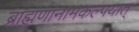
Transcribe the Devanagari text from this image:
ब्राह्मणानामकल्पयात्‌